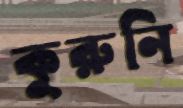
কুরুনি